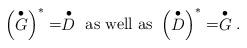
LaTeX: \begin{align*}\left(\stackrel{\bullet}{G}\right)^{\ast}=\stackrel{\bullet}{D}\mbox{ as well as }\left(\stackrel{\bullet}{D}\right)^{\ast}=\stackrel{\bullet}{G}.\end{align*}